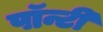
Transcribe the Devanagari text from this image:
पॉन्टी